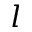
l